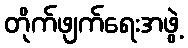
တိုက်ဖျက်ရေးအဖွဲ့